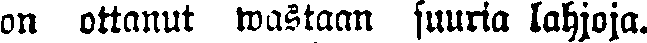
on ottanut wastaan suuria lahjoja.